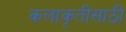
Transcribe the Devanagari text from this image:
कलाकृतीसाठी